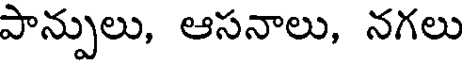
పాన్పులు, ఆసనాలు, నగలు